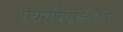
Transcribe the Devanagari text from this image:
एक्गोएसजेओन